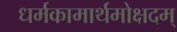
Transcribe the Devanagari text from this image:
धर्मकामार्थमोक्षदम्